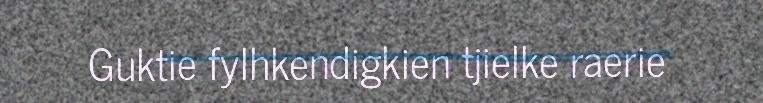
Guktie fylhkendigkien tjielke raerie